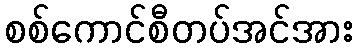
စစ်ကောင်စီတပ်အင်အား